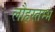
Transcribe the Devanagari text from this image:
लौहस्तम्भ